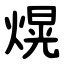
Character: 熀